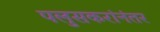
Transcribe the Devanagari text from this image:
पलुसकरांनंतर